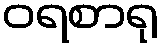
ဝရစာရု